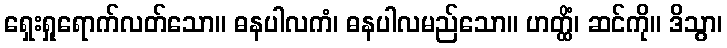
ရှေးရှုရောက်လတ်သော။ ဓနပါလကံ၊ ဓနပါလမည်သော။ ဟတ္ထိံ၊ ဆင်ကို။ ဒိသွာ၊